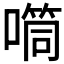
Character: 𪢉